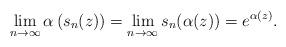
LaTeX: \begin{align*}\lim_{n \rightarrow \infty} \alpha\left( s_n(z) \right) = \lim_{n \rightarrow \infty} s_n(\alpha(z)) = e^{\alpha(z)}.\end{align*}